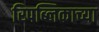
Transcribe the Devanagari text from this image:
रिपब्लिकाच्या